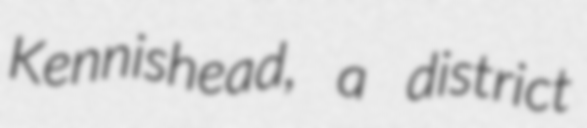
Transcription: Kennishead, a district